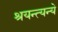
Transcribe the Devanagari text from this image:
श्रयन्त्यन्ये